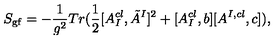
S _ { \mathrm { g f } } = - \frac { 1 } { g ^ { 2 } } T r ( \frac { 1 } { 2 } [ A _ { I } ^ { c l } , \tilde { A } ^ { I } ] ^ { 2 } + [ A _ { I } ^ { c l } , b ] [ A ^ { I , c l } , c ] ) ,